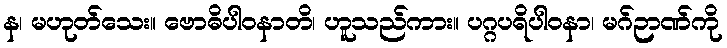
န၊ မဟုတ်သေး။ ဗောဓိပါဝနာတိ၊ ဟူသည်ကား။ ပဂ္ဂပရိပါဝနာ၊ မဂ်ဉာဏ်ကို